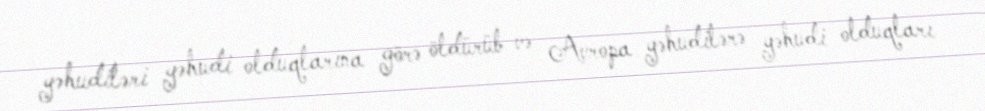
yəhudiləri yəhudi olduqlarına görə öldürüb və Avropa yəhudilərə yəhudi olduqları